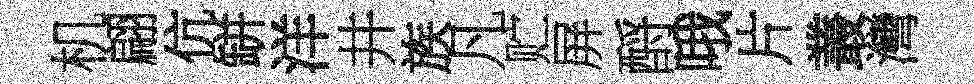
机翩伉缾洋井族凡贮屏酹哦片叢灣